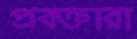
প্রবক্তারা